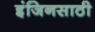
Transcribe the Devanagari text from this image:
इंजिनसाठी